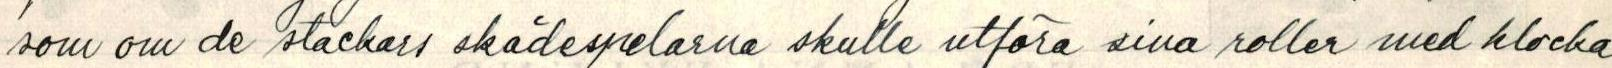
som om de stackars skådespelarna skulle utföra sina roller med klocka